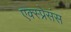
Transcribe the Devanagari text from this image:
एक्स्प्रेसंस